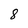
Character: 8